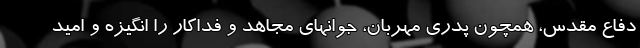
دفاع مقدس، همچون پدری مهربان، جوانهای مجاهد و فداکار را انگیزه و امید